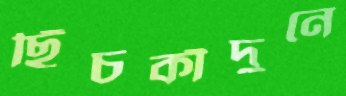
ছিঁচকাঁদুনে